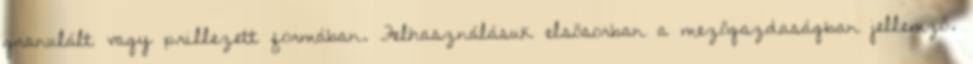
granulált vagy prillezett formában. Felhasználásuk elsősorban a mezőgazdaságban jellemző.